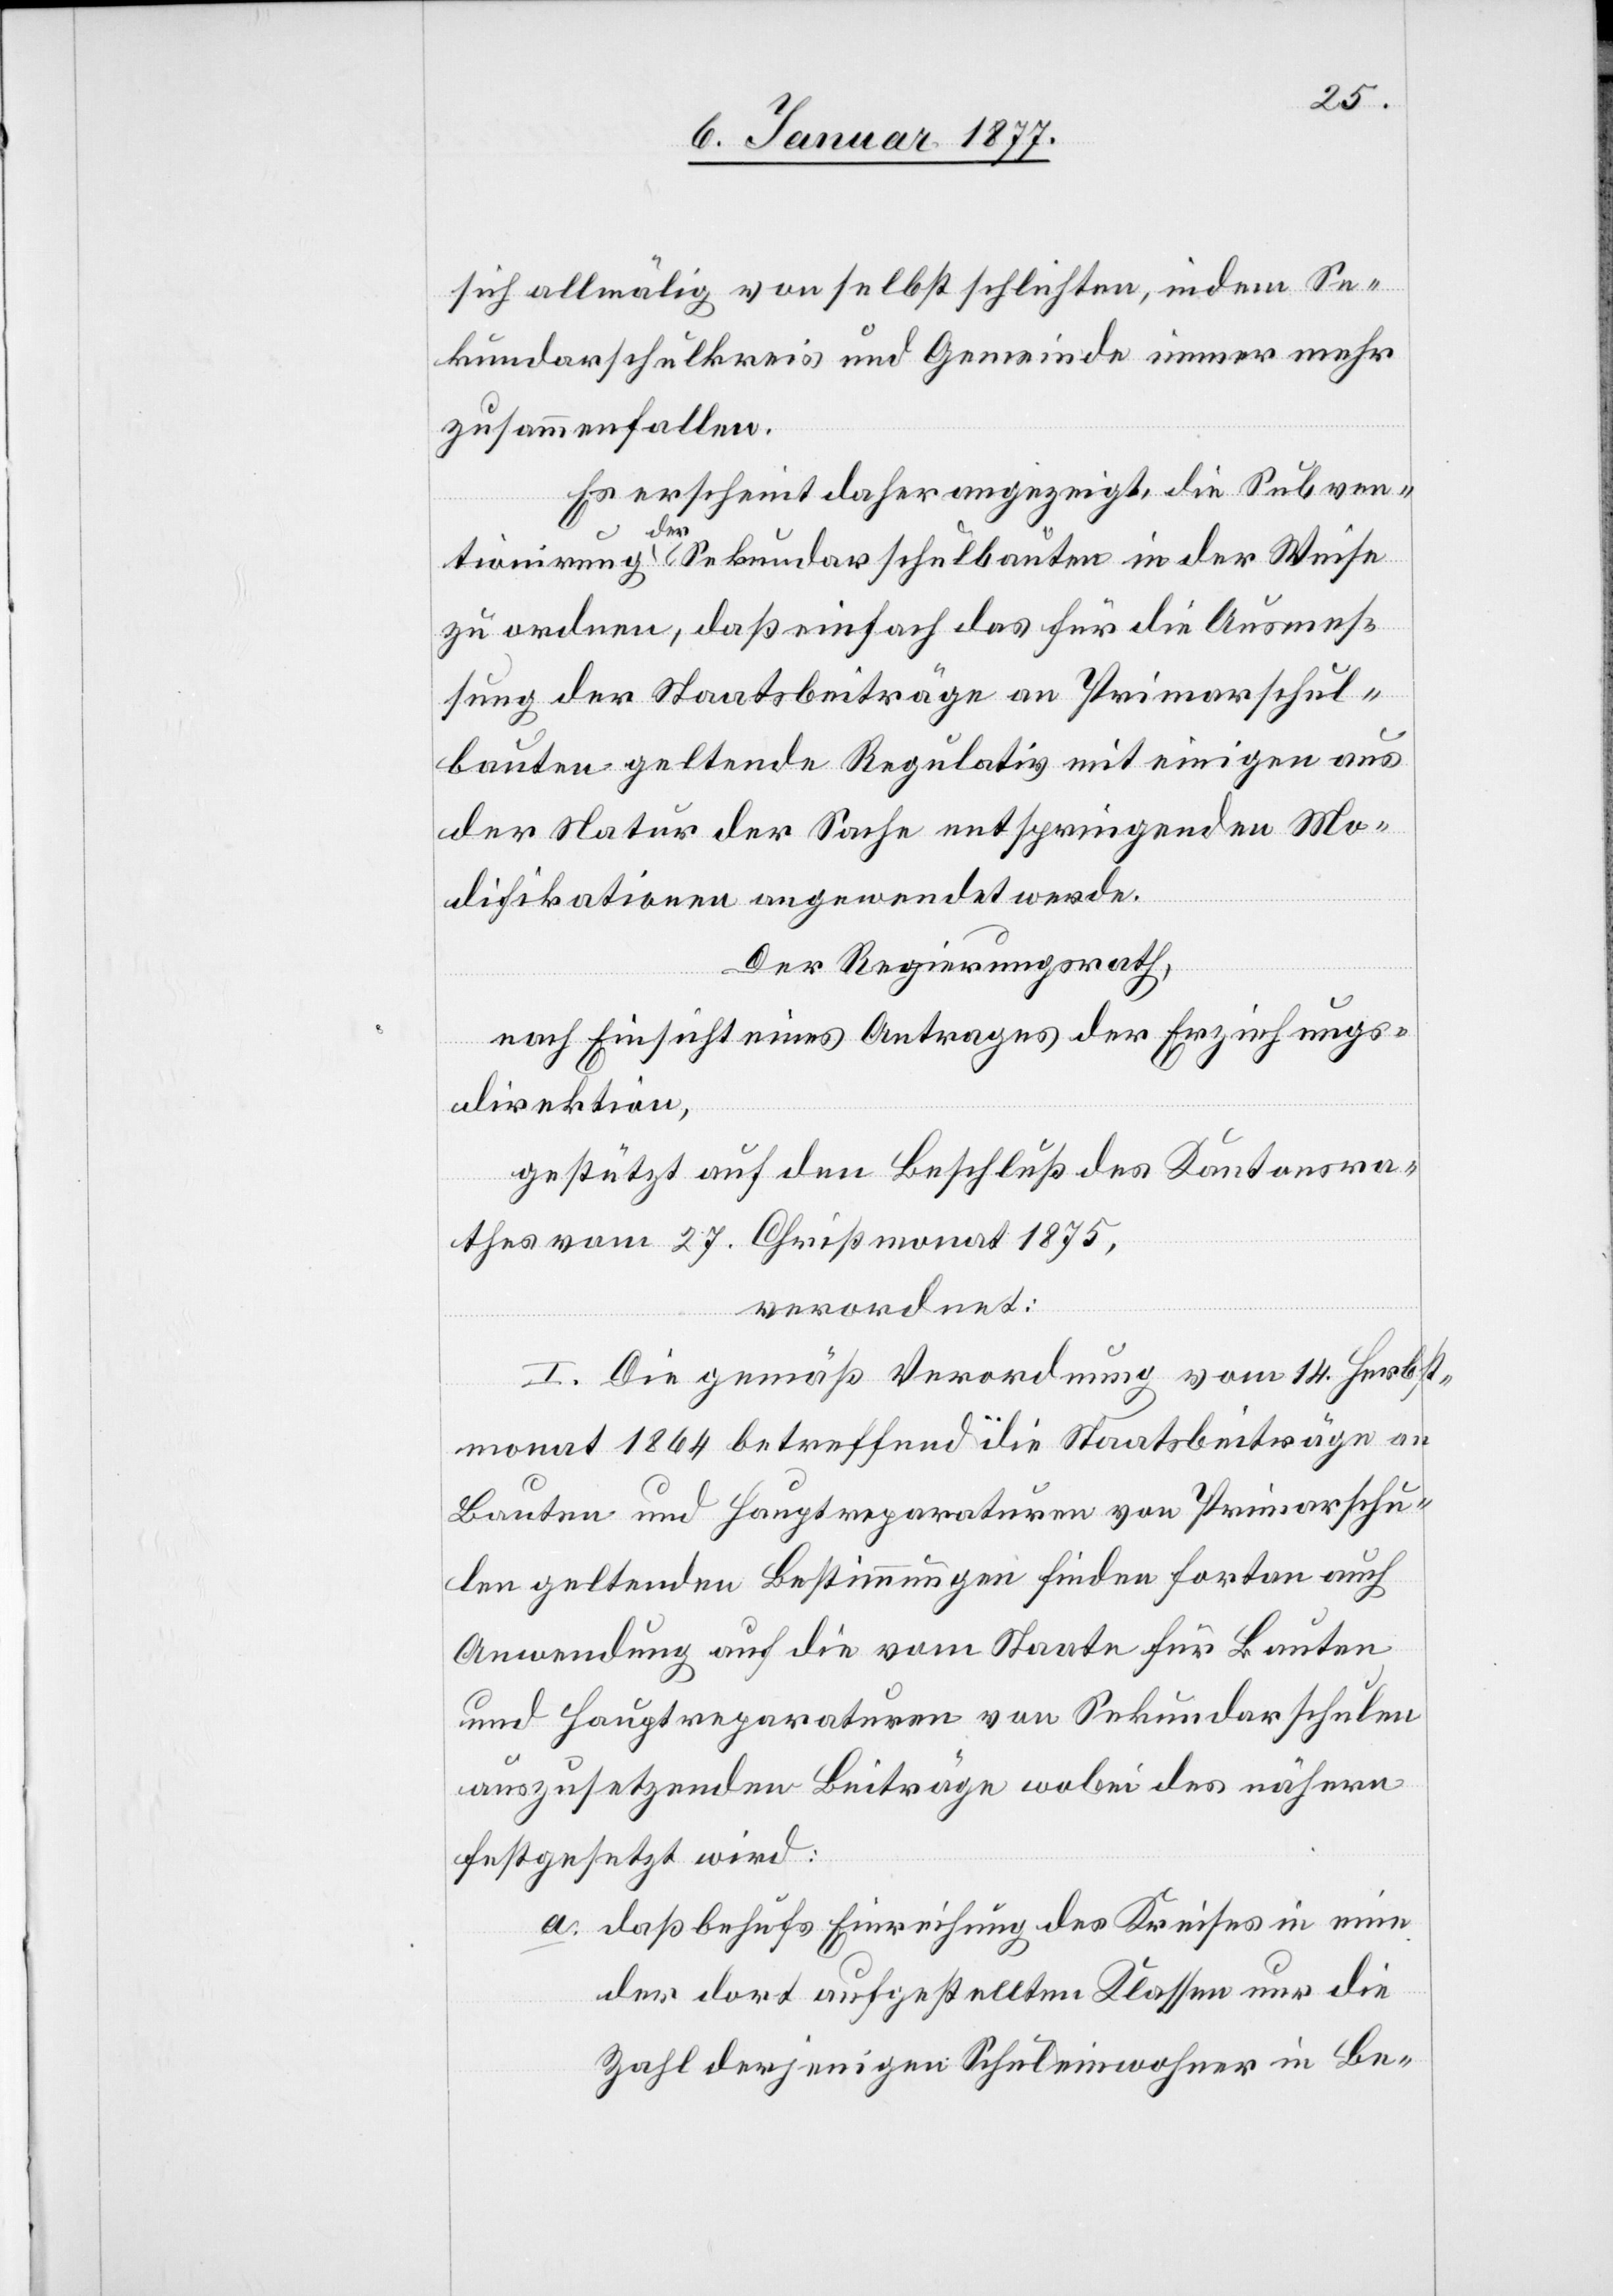
sich allmählich von selbst schlichten, indem Se¬
kundarschulkreis und Gemeinde immer mehr
zusammenfallen.
Es erscheint daher angezeigt, die Subven¬
häu¬
tionirung a-der-a Sekundarschulbauten in der Weise
zu ordnen, daß einfach das für die Ausmes¬
sung der Staatsbeiträge an Primarschul¬
bauten geltende Regulativ mit einigen aus
der Natur der Sache entspringenden Mo¬
difikationen angewendet werde.
Der Regierungsrath,
nach Einsicht eines Antrages der Erziehungs¬
direktion,
gestützt auf den Beschluß des Kantonsra¬
thes vom 27. Christmonat 1875,
verordnet:
I. Die gemäß Verordnung vom 14. Herbst¬
monat 1864 betreffend die Staatsbeiträge an
Bauten und Hauptreparaturen von Primarschul¬
sern geltenden Bestimmungen finden fortan auch
Anwendung auf die vom Staate für Bauten
und Hauptreparaturen von Sekundarschulen
auszusetzenden Beiträge wobei des nähern
festgesetzt wird:
a. daß behufs Einrichtung des Kreises in eine
der dort aufgestellten Klassen nur die
Zahl derjenigen Schuleinwohner in Be-